Report of the Bombay Veterinary College
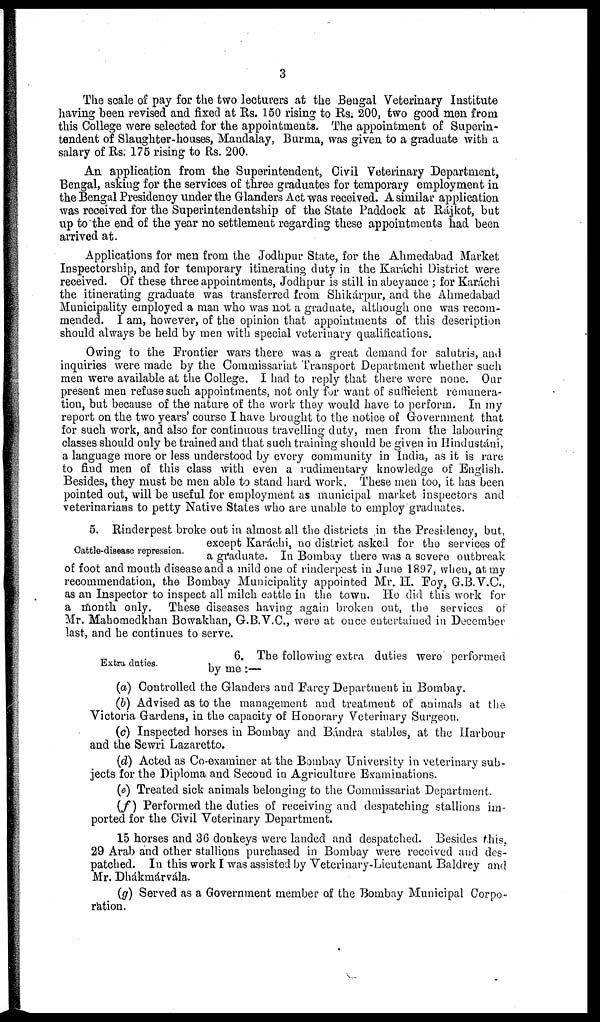
3
The scale of pay for the two lecturers at the Bengal Veterinary Institute
having been revised and fixed at Rs. 150 rising to Rs. 200, two good men from
this College were selected for the appointments. The appointment of Superin-
tendent of Slaughter-houses, Mandalay, Burma, was given to a graduate with a
salary of Rs. 175 rising to Rs. 200.
An application from the Superintendent, Civil Veterinary Department,
Bengal, asking for the services of three graduates for temporary employment in
the Bengal Presidency under the Glanders Act was received. A similar application
was received for the Superintendentship of the State Paddock at Rájkot, but
up to the end of the year no settlement regarding these appointments had been
arrived at.
Applications for men from the Jodhpur State, for the Ahmedabad Market
Inspectorship, and for temporary itinerating duty in the Karáchi District were
received. Of these three appointments, Jodhpur is still in abeyance ; for Karáchi
the itinerating graduate was transferred from Shikárpur, and the Ahmedabad
Municipality employed a man who was not a graduate, although one was recom-
mended. I am, however, of the opinion that appointments of this description
should always be held by men with special veterinary qualifications.
Owing to the Frontier wars there was a great demand for salutris, and
inquiries were made by the Commissariat Transport Department whether such
men were available at the College. I had to reply that there were none. Our
present men refuse such appointments, not only for want of sufficient remunera-
tion, but because of the nature of the work they would have to perform. In my
report on the two years' course I have brought to the notice of Government that
for such work, and also for continuous travelling duty, men from the labouring
classes should only be trained and that such training should be given in Hindustáni,
a language more or less understood by every community in India, as it is rare
to find men of this class with even a rudimentary knowledge of English.
Besides, they must be men able to stand hard work. These men too, it has been
pointed out, will be useful for employment as municipal market inspectors and
veterinarians to petty Native States who are unable to employ graduates.
Cattle-disease repression.
5. Rinderpest broke out in almost all the districts in the Presidency, but,
except Karáchi, no district asked for the services of
a graduate. In Bombay there was a severe outbreak
of foot and mouth disease and a mild one of rinderpest in June 1897, when, at my
recommendation, the Bombay Municipality appointed Mr. H. Foy, G.B.V.C.,
as an Inspector to inspect all milch cattle in the town. He did this work for
a month only. These diseases having again broken out, the services of
Mr. Mahomedkhan Bowakhan, G.B.V.C., were at once entertained in December
last, and he continues to serve.
Extra duties.
6. The following extra duties were performed
by me :—
(a) Controlled the Glanders and Farcy Department in Bombay.
(b) Advised as to the management and treatment of animals at the
Victoria Gardens, in the capacity of Honorary Veterinary Surgeon.
(c) Inspected horses in Bombay and Bándra stables, at the Harbour
and the Sewri Lazaretto.
(d) Acted as Co-examiner at the Bombay University in veterinary sub-
jects for the Diploma and Second in Agriculture Examinations.
(e) Treated sick animals belonging to the Commissariat Department.
(f) Performed the duties of receiving and despatching stallions im-
ported for the Civil Veterinary Department.
15 horses and 36 donkeys were landed and despatched. Besides this,
29 Arab and other stallions purchased in Bombay were received and des-
patched. In this work I was assisted by Veterinary-Lieutenant Baldrey and
Mr. Dhákmárvála.
(g) Served as a Government member of the Bombay Municipal Corpo-
ration.